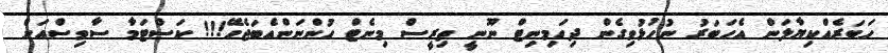
ހަބަރެއްކިޔާލަން އެހަބަރު ނުހުޅުވިގެން ދިހަމިނިޓް ނޫނީ ތިރީސް މިނެޓް ހުންނަންއެބަޖެހޭ!!! ކަސްޓަމާ ސާވިސްއަށް